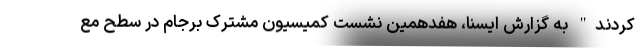
کردند" به گزارش ایسنا، هفدهمین نشست کمیسیون مشترک برجام در سطح مع